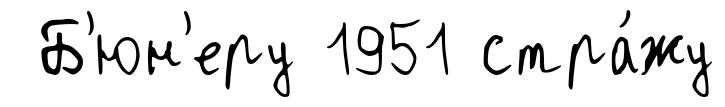
Б'юн'еру 1951 стра́жу